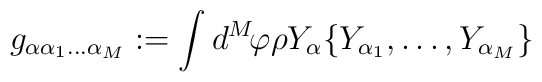
g_{\alpha \alpha_{1}\ldots\alpha_{M}}:=\int d^{M}\!\varphi \rho Y_{\alpha}\{Y_{\alpha_1},\ldots,Y_{\alpha_{M}}\}